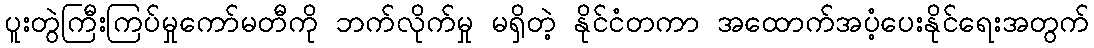
ပူးတွဲကြီးကြပ်မှုကော်မတီကို ဘက်လိုက်မှု မရှိတဲ့ နိုင်ငံတကာ အထောက်အပံ့ပေးနိုင်ရေးအတွက်